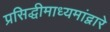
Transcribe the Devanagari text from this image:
प्रसिद्धीमाध्यमांद्वारे